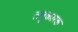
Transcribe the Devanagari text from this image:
तनूकारक